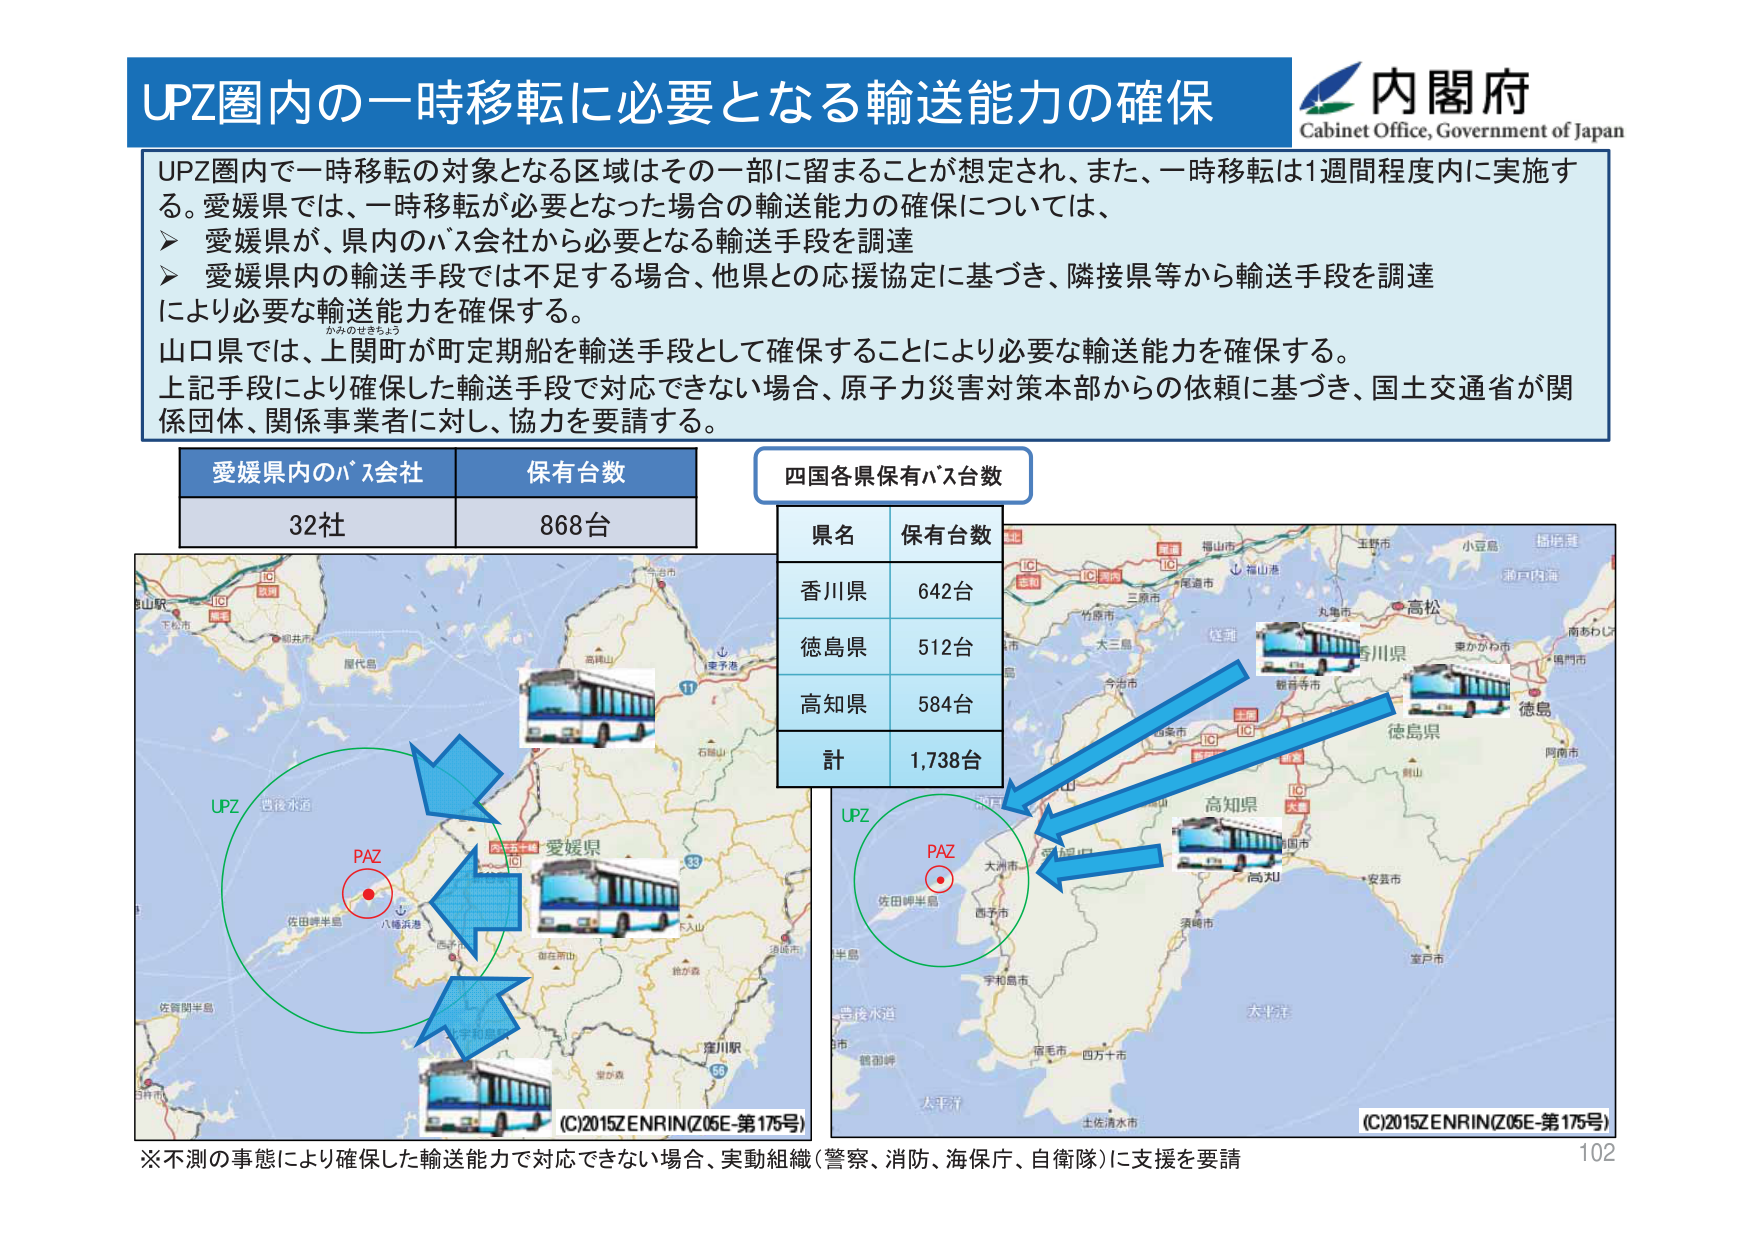
UPZ圏内の一時移転に必要となる輸送能力の確保
内閣府
Cabinet Office, Government of Japan

UPZ圏内で一時移転の対象となる区域はその一部に留まることが想定され、また、一時移転は1週間程度内に実施する。愛媛県では、一時移転が必要となった場合の輸送能力の確保については、
➤ 愛媛県が、県内のバス会社から必要となる輸送手段を調達
➤ 愛媛県内の輸送手段では不足する場合、他県との応援協定に基づき、隣接県等から輸送手段を調達により必要な輸送能力を確保する。
山口県では、上関町が町定期船を輸送手段として確保することにより必要な輸送能力を確保する。
上記手段により確保した輸送手段で対応できない場合、原子力災害対策本部からの依頼に基づき、国土交通省が関係団体、関係事業者に対し、協力を要請する。

愛媛県内のバス会社　保有台数
32社　868台

四国各県保有バス台数
県名　保有台数
香川県　642台
徳島県　512台
高知県　584台
計　1,738台

UPZ
PAZ
佐田岬半島
八幡浜港
西予市
愛媛県
高知県
徳島県
香川県
高松
丸亀市
坂出市
三原市
福山市
広島市
尾道市
竹原市
大三島
今治市
四国
大洲市
西予市
宇和島市
松山市
愛媛県
佐田岬半島
八幡浜港
西予市
UPZ
PAZ
大平洋
土佐清水市
四万十市
宿毛市
須崎市
安芸市
阿南市
徳島
高知
高知県
徳島県
香川県
小豆島
瀬戸内海
南あわじ
倉敷市
玉野市
福山市
広島市
尾道市
三原市
竹原市
大三島
今治市
四国
大洲市
西予市
宇和島市
松山市
愛媛県
佐田岬半島
八幡浜港
西予市
UPZ
PAZ
大平洋
土佐清水市
四万十市
宿毛市
須崎市
安芸市
阿南市
徳島
高知
高知県
徳島県
香川県
小豆島
瀬戸内海
南あわじ
倉敷市
玉野市
福山市
広島市
尾道市
三原市
竹原市
大三島
今治市
四国
大洲市
西予市
宇和島市
松山市
愛媛県
佐田岬半島
八幡浜港
西予市
UPZ
PAZ
大平洋
土佐清水市
四万十市
宿毛市
須崎市
安芸市
阿南市
徳島
高知
高知県
徳島県
香川県
小豆島
瀬戸内海
南あわじ
倉敷市
玉野市
福山市
広島市
尾道市
三原市
竹原市
大三島
今治市
四国
大洲市
西予市
宇和島市
松山市
愛媛県
佐田岬半島
八幡浜港
西予市
UPZ
PAZ
大平洋
土佐清水市
四万十市
宿毛市
須崎市
安芸市
阿南市
徳島
高知
高知県
徳島県
香川県
小豆島
瀬戸内海
南あわじ
倉敷市
玉野市
福山市
広島市
尾道市
三原市
竹原市
大三島
今治市
四国
大洲市
西予市
宇和島市
松山市
愛媛県
佐田岬半島
八幡浜港
西予市
UPZ
PAZ
大平洋
土佐清水市
四万十市
宿毛市
須崎市
安芸市
阿南市
徳島
高知
高知県
徳島県
香川県
小豆島
瀬戸内海
南あわじ
倉敷市
玉野市
福山市
広島市
尾道市
三原市
竹原市
大三島
今治市
四国
大洲市
西予市
宇和島市
松山市
愛媛県
佐田岬半島
八幡浜港
西予市
UPZ
PAZ
大平洋
土佐清水市
四万十市
宿毛市
須崎市
安芸市
阿南市
徳島
高知
高知県
徳島県
香川県
小豆島
瀬戸内海
南あわじ
倉敷市
玉野市
福山市
広島市
尾道市
三原市
竹原市
大三島
今治市
四国
大洲市
西予市
宇和島市
松山市
愛媛県
佐田岬半島
八幡浜港
西予市
UPZ
PAZ
大平洋
土佐清水市
四万十市
宿毛市
須崎市
安芸市
阿南市
徳島
高知
高知県
徳島県
香川県
小豆島
瀬戸内海
南あわじ
倉敷市
玉野市
福山市
広島市
尾道市
三原市
竹原市
大三島
今治市
四国
大洲市
西予市
宇和島市
松山市
愛媛県
佐田岬半島
八幡浜港
西予市
UPZ
PAZ
大平洋
土佐清水市
四万十市
宿毛市
須崎市
安芸市
阿南市
徳島
高知
高知県
徳島県
香川県
小豆島
瀬戸内海
南あわじ
倉敷市
玉野市
福山市
広島市
尾道市
三原市
竹原市
大三島
今治市
四国
大洲市
西予市
宇和島市
松山市
愛媛県
佐田岬半島
八幡浜港
西予市
UPZ
PAZ
大平洋
土佐清水市
四万十市
宿毛市
須崎市
安芸市
阿南市
徳島
高知
高知県
徳島県
香川県
小豆島
瀬戸内海
南あわじ
倉敷市
玉野市
福山市
広島市
尾道市
三原市
竹原市
大三島
今治市
四国
大洲市
西予市
宇和島市
松山市
愛媛県
佐田岬半島
八幡浜港
西予市
UPZ
PAZ
大平洋
土佐清水市
四万十市
宿毛市
須崎市
安芸市
阿南市
徳島
高知
高知県
徳島県
香川県
小豆島
瀬戸内海
南あわじ
倉敷市
玉野市
福山市
広島市
尾道市
三原市
竹原市
大三島
今治市
四国
大洲市
西予市
宇和島市
松山市
愛媛県
佐田岬半島
八幡浜港
西予市
UPZ
PAZ
大平洋
土佐清水市
四万十市
宿毛市
須崎市
安芸市
阿南市
徳島
高知
高知県
徳島県
香川県
小豆島
瀬戸内海
南あわじ
倉敷市
玉野市
福山市
広島市
尾道市
三原市
竹原市
大三島
今治市
四国
大洲市
西予市
宇和島市
松山市
愛媛県
佐田岬半島
八幡浜港
西予市
UPZ
PAZ
大平洋
土佐清水市
四万十市
宿毛市
須崎市
安芸市
阿南市
徳島
高知
高知県
徳島県
香川県
小豆島
瀬戸内海
南あわじ
倉敷市
玉野市
福山市
広島市
尾道市
三原市
竹原市
大三島
今治市
四国
大洲市
西予市
宇和島市
松山市
愛媛県
佐田岬半島
八幡浜港
西予市
UPZ
PAZ
大平洋
土佐清水市
四万十市
宿毛市
須崎市
安芸市
阿南市
徳島
高知
高知県
徳島県
香川県
小豆島
瀬戸内海
南あわじ
倉敷市
玉野市
福山市
広島市
尾道市
三原市
竹原市
大三島
今治市
四国
大洲市
西予市
宇和島市
松山市
愛媛県
佐田岬半島
八幡浜港
西予市
UPZ
PAZ
大平洋
土佐清水市
四万十市
宿毛市
須崎市
安芸市
阿南市
徳島
高知
高知県
徳島県
香川県
小豆島
瀬戸内海
南あわじ
倉敷市
玉野市
福山市
広島市
尾道市
三原市
竹原市
大三島
今治市
四国
大洲市
西予市
宇和島市
松山市
愛媛県
佐田岬半島
八幡浜港
西予市
UPZ
PAZ
大平洋
土佐清水市
四万十市
宿毛市
須崎市
安芸市
阿南市
徳島
高知
高知県
徳島県
香川県
小豆島
瀬戸内海
南あわじ
倉敷市
玉野市
福山市
広島市
尾道市
三原市
竹原市
大三島
今治市
四国
大洲市
西予市
宇和島市
松山市
愛媛県
佐田岬半島
八幡浜港
西予市
UPZ
PAZ
大平洋
土佐清水市
四万十市
宿毛市
須崎市
安芸市
阿南市
徳島
高知
高知県
徳島県
香川県
小豆島
瀬戸内海
南あわじ
倉敷市
玉野市
福山市
広島市
尾道市
三原市
竹原市
大三島
今治市
四国
大洲市
西予市
宇和島市
松山市
愛媛県
佐田岬半島
八幡浜港
西予市
UPZ
PAZ
大平洋
土佐清水市
四万十市
宿毛市
須崎市
安芸市
阿南市
徳島
高知
高知県
徳島県
香川県
小豆島
瀬戸内海
南あわじ
倉敷市
玉野市
福山市
広島市
尾道市
三原市
竹原市
大三島
今治市
四国
大洲市
西予市
宇和島市
松山市
愛媛県
佐田岬半島
八幡浜港
西予市
UPZ
PAZ
大平洋
土佐清水市
四万十市
宿毛市
須崎市
安芸市
阿南市
徳島
高知
高知県
徳島県
香川県
小豆島
瀬戸内海
南あわじ
倉敷市
玉野市
福山市
広島市
尾道市
三原市
竹原市
大三島
今治市
四国
大洲市
西予市
宇和島市
松山市
愛媛県
佐田岬半島
八幡浜港
西予市
UPZ
PAZ
大平洋
土佐清水市
四万十市
宿毛市
須崎市
安芸市
阿南市
徳島
高知
高知県
徳島県
香川県
小豆島
瀬戸内海
南あわじ
倉敷市
玉野市
福山市
広島市
尾道市
三原市
竹原市
大三島
今治市
四国
大洲市
西予市
宇和島市
松山市
愛媛県
佐田岬半島
八幡浜港
西予市
UPZ
PAZ
大平洋
土佐清水市
四万十市
宿毛市
須崎市
安芸市
阿南市
徳島
高知
高知県
徳島県
香川県
小豆島
瀬戸内海
南あわじ
倉敷市
玉野市
福山市
広島市
尾道市
三原市
竹原市
大三島
今治市
四国
大洲市
西予市
宇和島市
松山市
愛媛県
佐田岬半島
八幡浜港
西予市
UPZ
PAZ
大平洋
土佐清水市
四万十市
宿毛市
須崎市
安芸市
阿南市
徳島
高知
高知県
徳島県
香川県
小豆島
瀬戸内海
南あわじ
倉敷市
玉野市
福山市
広島市
尾道市
三原市
竹原市
大三島
今治市
四国
大洲市
西予市
宇和島市
松山市
愛媛県
佐田岬半島
八幡浜港
西予市
UPZ
PAZ
大平洋
土佐清水市
四万十市
宿毛市
須崎市
安芸市
阿南市
徳島
高知
高知県
徳島県
香川県
小豆島
瀬戸内海
南あわじ
倉敷市
玉野市
福山市
広島市
尾道市
三原市
竹原市
大三島
今治市
四国
大洲市
西予市
宇和島市
松山市
愛媛県
佐田岬半島
八幡浜港
西予市
UPZ
PAZ
大平洋
土佐清水市
四万十市
宿毛市
須崎市
安芸市
阿南市
徳島
高知
高知県
徳島県
香川県
小豆島
瀬戸内海
南あわじ
倉敷市
玉野市
福山市
広島市
尾道市
三原市
竹原市
大三島
今治市
四国
大洲市
西予市
宇和島市
松山市
愛媛県
佐田岬半島
八幡浜港
西予市
UPZ
PAZ
大平洋
土佐清水市
四万十市
宿毛市
須崎市
安芸市
阿南市
徳島
高知
高知県
徳島県
香川県
小豆島
瀬戸内海
南あわじ
倉敷市
玉野市
福山市
広島市
尾道市
三原市
竹原市
大三島
今治市
四国
大洲市
西予市
宇和島市
松山市
愛媛県
佐田岬半島
八幡浜港
西予市
UPZ
PAZ
大平洋
土佐清水市
四万十市
宿毛市
須崎市
安芸市
阿南市
徳島
高知
高知県
徳島県
香川県
小豆島
瀬戸内海
南あわじ
倉敷市
玉野市
福山市
広島市
尾道市
三原市
竹原市
大三島
今治市
四国
大洲市
西予市
宇和島市
松山市
愛媛県
佐田岬半島
八幡浜港
西予市
UPZ
PAZ
大平洋
土佐清水市
四万十市
宿毛市
須崎市
安芸市
阿南市
徳島
高知
高知県
徳島県
香川県
小豆島
瀬戸内海
南あわじ
倉敷市
玉野市
福山市
広島市
尾道市
三原市
竹原市
大三島
今治市
四国
大洲市
西予市
宇和島市
松山市
愛媛県
佐田岬半島
八幡浜港
西予市
UPZ
PAZ
大平洋
土佐清水市
四万十市
宿毛市
須崎市
安芸市
阿南市
徳島
高知
高知県
徳島県
香川県
小豆島
瀬戸内海
南あわじ
倉敷市
玉野市
福山市
広島市
尾道市
三原市
竹原市
大三島
今治市
四国
大洲市
西予市
宇和島市
松山市
愛媛県
佐田岬半島
八幡浜港
西予市
UPZ
PAZ
大平洋
土佐清水市
四万十市
宿毛市
須崎市
安芸市
阿南市
徳島
高知
高知県
徳島県
香川県
小豆島
瀬戸内海
南あわじ
倉敷市
玉野市
福山市
広島市
尾道市
三原市
竹原市
大三島
今治市
四国
大洲市
西予市
宇和島市
松山市
愛媛県
佐田岬半島
八幡浜港
西予市
UPZ
PAZ
大平洋
土佐清水市
四万十市
宿毛市
須崎市
安芸市
阿南市
徳島
高知
高知県
徳島県
香川県
小豆島
瀬戸内海
南あわじ
倉敷市
玉野市
福山市
広島市
尾道市
三原市
竹原市
大三島
今治市
四国
大洲市
西予市
宇和島市
松山市
愛媛県
佐田岬半島
八幡浜港
西予市
UPZ
PAZ
大平洋
土佐清水市
四万十市
宿毛市
須崎市
安芸市
阿南市
徳島
高知
高知県
徳島県
香川県
小豆島
瀬戸内海
南あわじ
倉敷市
玉野市
福山市
広島市
尾道市
三原市
竹原市
大三島
今治市
四国
大洲市
西予市
宇和島市
松山市
愛媛県
佐田岬半島
八幡浜港
西予市
UPZ
PAZ
大平洋
土佐清水市
四万十市
宿毛市
須崎市
安芸市
阿南市
徳島
高知
高知県
徳島県
香川県
小豆島
瀬戸内海
南あわじ
倉敷市
玉野市
福山市
広島市
尾道市
三原市
竹原市
大三島
今治市
四国
大洲市
西予市
宇和島市
松山市
愛媛県
佐田岬半島
八幡浜港
西予市
UPZ
PAZ
大平洋
土佐清水市
四万十市
宿毛市
須崎市
安芸市
阿南市
徳島
高知
高知県
徳島県
香川県
小豆島
瀬戸内海
南あわじ
倉敷市
玉野市
福山市
広島市
尾道市
三原市
竹原市
大三島
今治市
四国
大洲市
西予市
宇和島市
松山市
愛媛県
佐田岬半島
八幡浜港
西予市
UPZ
PAZ
大平洋
土佐清水市
四万十市
宿毛市
須崎市
安芸市
阿南市
徳島
高知
高知県
徳島県
香川県
小豆島
瀬戸内海
南あわじ
倉敷市
玉野市
福山市
広島市
尾道市
三原市
竹原市
大三島
今治市
四国
大洲市
西予市
宇和島市
松山市
愛媛県
佐田岬半島
八幡浜港
西予市
UPZ
PAZ
大平洋
土佐清水市
四万十市
宿毛市
須崎市
安芸市
阿南市
徳島
高知
高知県
徳島県
香川県
小豆島
瀬戸内海
南あわじ
倉敷市
玉野市
福山市
広島市
尾道市
三原市
竹原市
大三島
今治市
四国
大洲市
西予市
宇和島市
松山市
愛媛県
佐田岬半島
八幡浜港
西予市
UPZ
PAZ
大平洋
土佐清水市
四万十市
宿毛市
須崎市
安芸市
阿南市
徳島
高知
高知県
徳島県
香川県
小豆島
瀬戸内海
南あわじ
倉敷市
玉野市
福山市
広島市
尾道市
三原市
竹原市
大三島
今治市
四国
大洲市
西予市
宇和島市
松山市
愛媛県
佐田岬半島
八幡浜港
西予市
UPZ
PAZ
大平洋
土佐清水市
四万十市
宿毛市
須崎市
安芸市
阿南市
徳島
高知
高知県
徳島県
香川県
小豆島
瀬戸内海
南あわじ
倉敷市
玉野市
福山市
広島市
尾道市
三原市
竹原市
大三島
今治市
四国
大洲市
西予市
宇和島市
松山市
愛媛県
佐田岬半島
八幡浜港
西予市
UPZ
PAZ
大平洋
土佐清水市
四万十市
宿毛市
須崎市
安芸市
阿南市
徳島
高知
高知県
徳島県
香川県
小豆島
瀬戸内海
南あわじ
倉敷市
玉野市
福山市
広島市
尾道市
三原市
竹原市
大三島
今治市
四国
大洲市
西予市
宇和島市
松山市
愛媛県
佐田岬半島
八幡浜港
西予市
UPZ
PAZ
大平洋
土佐清水市
四万十市
宿毛市
須崎市
安芸市
阿南市
徳島
高知
高知県
徳島県
香川県
小豆島
瀬戸内海
南あわじ
倉敷市
玉野市
福山市
広島市
尾道市
三原市
竹原市
大三島
今治市
四国
大洲市
西予市
宇和島市
松山市
愛媛県
佐田岬半島
八幡浜港
西予市
UPZ
PAZ
大平洋
土佐清水市
四万十市
宿毛市
須崎市
安芸市
阿南市
徳島
高知
高知県
徳島県
香川県
小豆島
瀬戸内海
南あわじ
倉敷市
玉野市
福山市
広島市
尾道市
三原市
竹原市
大三島
今治市
四国
大洲市
西予市
宇和島市
松山市
愛媛県
佐田岬半島
八幡浜港
西予市
UPZ
PAZ
大平洋
土佐清水市
四万十市
宿毛市
須崎市
安芸市
阿南市
徳島
高知
高知県
徳島県
香川県
小豆島
瀬戸内海
南あわじ
倉敷市
玉野市
福山市
広島市
尾道市
三原市
竹原市
大三島
今治市
四国
大洲市
西予市
宇和島市
松山市
愛媛県
佐田岬半島
八幡浜港
西予市
UPZ
PAZ
大平洋
土佐清水市
四万十市
宿毛市
須崎市
安芸市
阿南市
徳島
高知
高知県
徳島県
香川県
小豆島
瀬戸内海
南あわじ
倉敷市
玉野市
福山市
広島市
尾道市
三原市
竹原市
大三島
今治市
四国
大洲市
西予市
宇和島市
松山市
愛媛県
佐田岬半島
八幡浜港
西予市
UPZ
PAZ
大平洋
土佐清水市
四万十市
宿毛市
須崎市
安芸市
阿南市
徳島
高知
高知県
徳島県
香川県
小豆島
瀬戸内海
南あわじ
倉敷市
玉野市
福山市
広島市
尾道市
三原市
竹原市
大三島
今治市
四国
大洲市
西予市
宇和島市
松山市
愛媛県
佐田岬半島
八幡浜港
西予市
UPZ
PAZ
大平洋
土佐清水市
四万十市
宿毛市
須崎市
安芸市
阿南市
徳島
高知
高知県
徳島県
香川県
小豆島
瀬戸内海
南あわじ
倉敷市
玉野市
福山市
広島市
尾道市
三原市
竹原市
大三島
今治市
四国
大洲市
西予市
宇和島市
松山市
愛媛県
佐田岬半島
八幡浜港
西予市
UPZ
PAZ
大平洋
土佐清水市
四万十市
宿毛市
須崎市
安芸市
阿南市
徳島
高知
高知県
徳島県
香川県
小豆島
瀬戸内海
南あわじ
倉敷市
玉野市
福山市
広島市
尾道市
三原市
竹原市
大三島
今治市
四国
大洲市
西予市
宇和島市
松山市
愛媛県
佐田岬半島
八幡浜港
西予市
UPZ
PAZ
大平洋
土佐清水市
四万十市
宿毛市
須崎市
安芸市
阿南市
徳島
高知
高知県
徳島県
香川県
小豆島
瀬戸内海
南あわじ
倉敷市
玉野市
福山市
広島市
尾道市
三原市
竹原市
大三島
今治市
四国
大洲市
西予市
宇和島市
松山市
愛媛県
佐田岬半島
八幡浜港
西予市
UPZ
PAZ
大平洋
土佐清水市
四万十市
宿毛市
須崎市
安芸市
阿南市
徳島
高知
高知県
徳島県
香川県
小豆島
瀬戸内海
南あわじ
倉敷市
玉野市
福山市
広島市
尾道市
三原市
竹原市
大三島
今治市
四国
大洲市
西予市
宇和島市
松山市
愛媛県
佐田岬半島
八幡浜港
西予市
UPZ
PAZ
大平洋
土佐清水市
四万十市
宿毛市
須崎市
安芸市
阿南市
徳島
高知
高知県
徳島県
香川県
小豆島
瀬戸内海
南あわじ
倉敷市
玉野市
福山市
広島市
尾道市
三原市
竹原市
大三島
今治市
四国
大洲市
西予市
宇和島市
松山市
愛媛県
佐田岬半島
八幡浜港
西予市
UPZ
PAZ
大平洋
土佐清水市
四万十市
宿毛市
須崎市
安芸市
阿南市
徳島
高知
高知県
徳島県
香川県
小豆島
瀬戸内海
南あわじ
倉敷市
玉野市
福山市
広島市
尾道市
三原市
竹原市
大三島
今治市
四国
大洲市
西予市
宇和島市
松山市
愛媛県
佐田岬半島
八幡浜港
西予市
UPZ
PAZ
大平洋
土佐清水市
四万十市
宿毛市
須崎市
安芸市
阿南市
徳島
高知
高知県
徳島県
香川県
小豆島
瀬戸内海
南あわじ
倉敷市
玉野市
福山市
広島市
尾道市
三原市
竹原市
大三島
今治市
四国
大洲市
西予市
宇和島市
松山市
愛媛県
佐田岬半島
八幡浜港
西予市
UPZ
PAZ
大平洋
土佐清水市
四万十市
宿毛市
須崎市
安芸市
阿南市
徳島
高知
高知県
徳島県
香川県
小豆島
瀬戸内海
南あわじ
倉敷市
玉野市
福山市
広島市
尾道市
三原市
竹原市
大三島
今治市
四国
大洲市
西予市
宇和島市
松山市
愛媛県
佐田岬半島
八幡浜港
西予市
UPZ
PAZ
大平洋
土佐清水市
四万十市
宿毛市
須崎市
安芸市
阿南市
徳島
高知
高知県
徳島県
香川県
小豆島
瀬戸内海
南あわじ
倉敷市
玉野市
福山市
広島市
尾道市
三原市
竹原市
大三島
今治市
四国
大洲市
西予市
宇和島市
松山市
愛媛県
佐田岬半島
八幡浜港
西予市
UPZ
PAZ
大平洋
土佐清水市
四万十市
宿毛市
須崎市
安芸市
阿南市
徳島
高知
高知県
徳島県
香川県
小豆島
瀬戸内海
南あわじ
倉敷市
玉野市
福山市
広島市
尾道市
三原市
竹原市
大三島
今治市
四国
大洲市
西予市
宇和島市
松山市
愛媛県
佐田岬半島
八幡浜